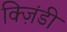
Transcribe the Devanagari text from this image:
क्ज़िंडी